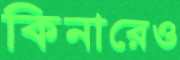
কিনারেও